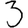
Digit: 3